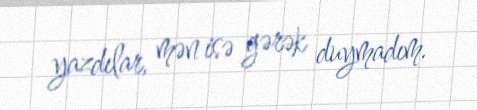
yazdılar, mən isə gərək duymadım.